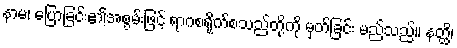
နာမ၊ ပြောခြင်း၏အစွမ်းဖြင့် ရာဂစရိုက်စသည်တို့ကို မှတ်ခြင်း မည်သည်။ နတ္ထိ၊